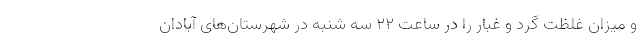
و میزان غلظت گرد و غبار را در ساعت ۲۲ سه شنبه در شهرستان‌های آبادان